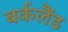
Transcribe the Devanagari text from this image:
बर्कलैंड